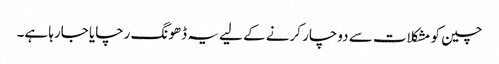
چین کو مشکلات سے دوچار کرنے کے لیے یہ ڈھونگ رچایا جارہا ہے۔